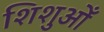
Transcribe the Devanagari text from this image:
शिशुओँ